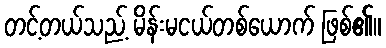
တင့်တယ်သည့် မိန်းမငယ်တစ်ယောက် ဖြစ်၏။